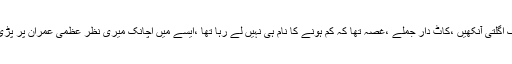
آگ اگلتی آنکھیں ،کاٹ دار جملے ،غصہ تھا کہ کم ہونے کا نام ہی نہیں لے رہا تھا ،ایسے میں اچانک میری نظر عظمی عمران پر پڑی ۔